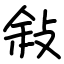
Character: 敍